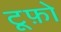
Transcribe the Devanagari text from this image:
टूफ़ो